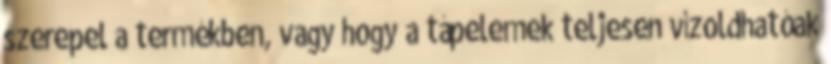
szerepel a termékben, vagy hogy a tápelemek teljesen vízoldhatóak